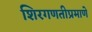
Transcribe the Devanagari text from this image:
शिरगणतीप्रमाणे